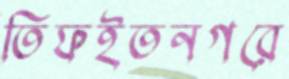
তিফইতনগরে